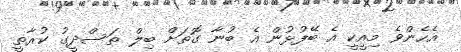
އެހެންވެ މިއީކީ އެ ބޭފުޅުން އެ ބުނާ ގޮތަށް ބިލް ތަސްދީގު ކުރާތީ